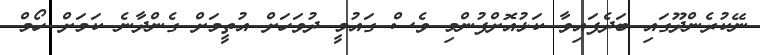
ނޭކުރެންދޫގައި ބަދެފައިވާ ކަޅުއޮށްފުންމި ވެސް ގައުމީ ދުވަހަށް އުތީމަށް ގެންދާނެ ކަމަށް ހޯމް